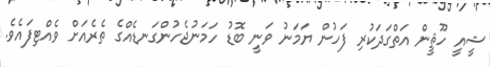
ޝީއީ ހޫޘީން އަތްގަދަކުރި ފަހުން ޔަމަނު ވަނީ ބޮޑު ހަމަނުޖެހުންގަނޑެއްގެ ތެރެއަށް ވެއްޓިފައެވެ.